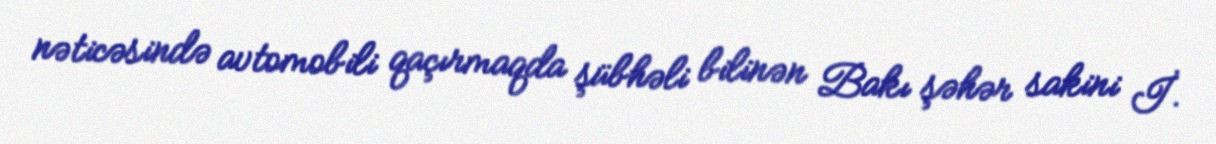
nəticəsində avtomobili qaçırmaqda şübhəli bilinən Bakı şəhər sakini İ.